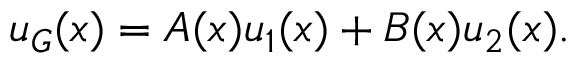
u _ { G } ( x ) = A ( x ) u _ { 1 } ( x ) + B ( x ) u _ { 2 } ( x ) .